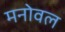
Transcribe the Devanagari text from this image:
मनोवल